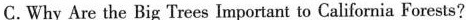
C.Why Are the Big 'Trees Important to California Forests?